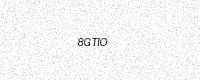
Text: 8GTIO